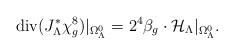
LaTeX: \begin{align*}{\rm div}(J_{\Lambda}^{*}\chi_{g}^{8})|_{\Omega_{\Lambda}^{0}}=2^{4}\beta_{g}\cdot{\mathcal H}_{\Lambda}|_{\Omega_{\Lambda}^{0}}.\end{align*}